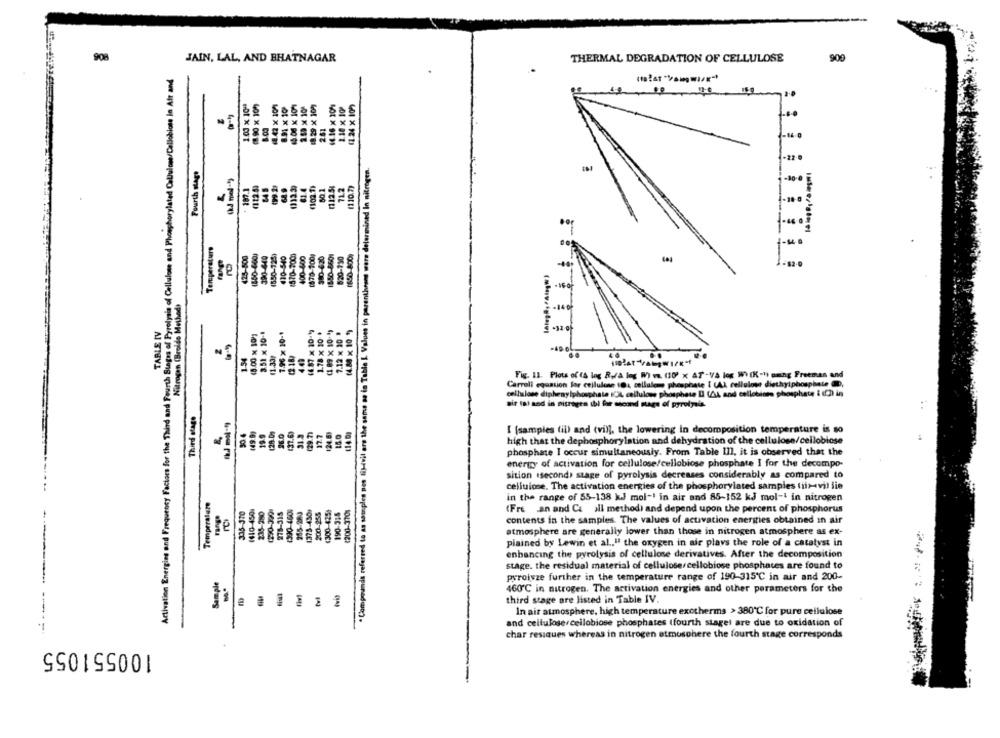
908
JAIN, LAL, AND BHATNAGAR
THERMAL DEGRADATION OF CELLULOSE
900
Activation Energies and Frequency Factors for the Third and Fourth Stages of Pyrolysis of Cellulose and Phosphorylated Cellulose/Cellobioss in Att and
1.03 x 109
#42 X 100
8.91 x 10
1.50 x 10ª
18.29 X 109
14.16 x 1099
1.10 x 10
(1.24 x 100
X
241
* Compounds referred to as samples nes fi)-ivil ere the same as in Table L Values in parentheses were determined In nitrogen.
Fourth stage
197.1
(122.53
199 2)
68.9
61.4
60.1
(112.51
71.2
(110.7)
.
Temperature
428-800
(850-600)
390-640
(550-725)
430-540
(570-3001
400-400
(878-100)
980-620
1850-8601
820-750
(650-800)
Nitrogen (Broide Method)
TABLE IV
3.51 × 10-1
7.96 × 10-1
(687 × 10-1)
1.78 x 10 +
7.12 × 10 .
(4.80 x 10 *)
18.00 x 10/1
12:187
1.54
11.33₽
4.49
Fig. 11. Plots of (A log R./A leg W) v. (10) x AT-V/A log W) (K-1) maing Freeman and
Carroll equation lar cellulose (0: cellulem, phosphate [ (A) cellulose diethyiphosphate @,
cellulose diphenylphosphate ICIL cellulose phosphate II (44, and cellobiore phosphate i (C) in
air tal and in nitrogen ibl for micond stage of pyrolysis.
Third stage
--- 9
149 9)
19.9
26.0
(37.6)
31.3
(29.7)
15.0
114 0)
[ [samples (il) and (vil], the lowering in decomposition temperature is so
high that the dephosphorylation and dehydration of the cellulose/cellobiose
phosphate I occur simultaneously. From Table 111, it is observed that the
energy of activation for cellulose/cellobiose phosphate I for the decompo-
sition ssecond) stage of pyrolysis decreases considerably as compared to
cellulose. The activation energies of the phosphorylated samples (ils-vil lie
Temperature
1410-450)
235-280
278-315
255-280
1375-4501
200-255
(300-425)
(200-370%
in the range of 55-138 k.J mol-1 in air and 85-152 KJ mol-1 in nitrogen
335-310
190-3:5
(Fre an and Ca all method) and depend upon the percent of phosphorus
contents in the samples. The values of activation energies obtained in air
atmosphere are generally lower than those in nitrogen atmosphere as ex-
plained by Lewin et al." the oxygen in air plays the role of a catalyst in
------ -
enhancing the pyrolysis of cellulose derivatives. After the decomposition
stage. the residual material of cellulose/cellobiose phosphates are found to
Sample
pyroivze further in the temperature range of 190-315℃ in air and 200-
460℃ in nitrogen. The activation energies and other perameters for the
third stage are listed in Table IV.
In air atmosphere, high temperature exotherms > 380℃ for pure cellulose
and cellulose cellobiose phosphates (fourth stagel are due to oxidation of
char resiques whereas in nitrogen atmosphere the fourth stage corresponds
100551055